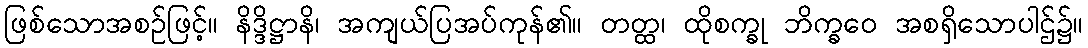
ဖြစ်သောအစဉ်ဖြင့်။ နိဒ္ဒိဋ္ဌာနိ၊ အကျယ်ပြအပ်ကုန်၏။ တတ္ထ၊ ထိုစက္ခု ဘိက္ခဝေ အစရှိသောပါဌ်၌။